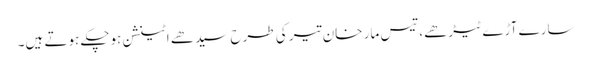
سارے آڑے ٹیڑھے، تیس مار خان تیر کی طرح سیدھے اٹینشن ہوچکے ہوتے ہیں۔